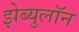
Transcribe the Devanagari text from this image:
झेब्युलॉन